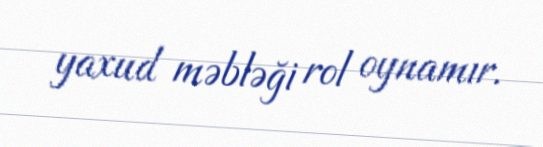
yaxud məbləği rol oynamır.